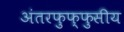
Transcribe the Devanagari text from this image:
अंतरफुफ्फुसीय